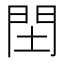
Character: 䦌